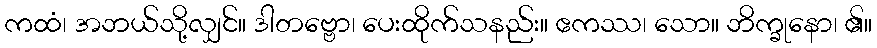
ကထံ၊ အဘယ်သို့လျှင်။ ဒါတဗ္ဗော၊ ပေးထိုက်သနည်း။ ဧကဿ၊ သော။ ဘိက္ခုနော၊ ၏။